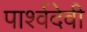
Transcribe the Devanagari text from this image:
पार्श्वदेवी